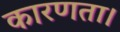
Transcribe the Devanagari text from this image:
कारणता।